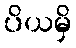
ပိယမှိ